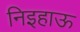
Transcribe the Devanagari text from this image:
निइहाऊ